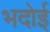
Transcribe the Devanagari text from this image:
भदोई